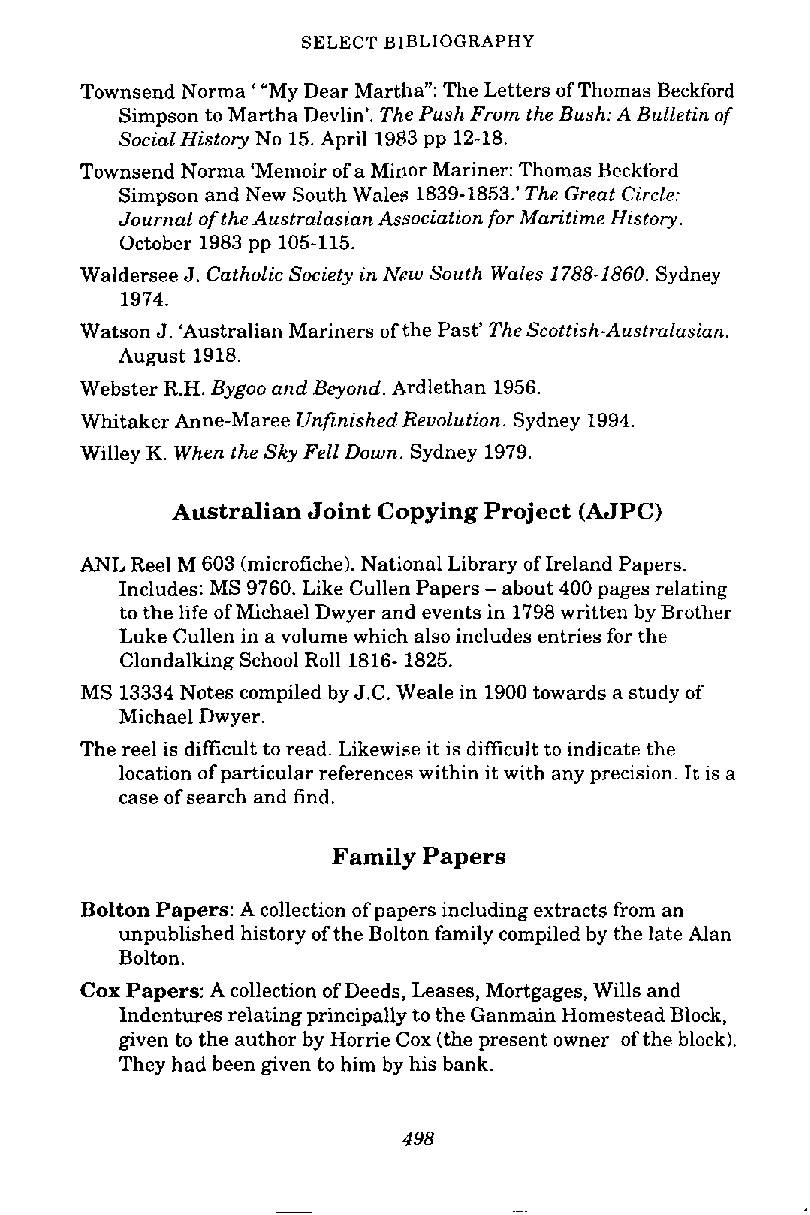
SELECT BIBLIOGRAPHY
 Townsend Norma ' "My Dear Martha": The Letters of Thomas Beckford
 Simpson to Martha Devlin'. The Push From the Bush: A Bulletin of
 Social History No 15. April 1983 pp 12-18.
 Townsend Norma 'Memoir of a Minor Mariner: Thomas Beckford
 Simpson and New South Wales 1839-1853.' The Great Circle:
 Journal of the Australasian Association for Maritime History.
 October 1983 pp 105-115.
 Waldersee J. Catholic Society in New South Wales 1788-1860. Sydney
 1974.
 Watson J. 'Australian Mariners of the Past' TheScottish-Australasian.
 August 1918.
 Webster R.H. Bygoo and Beyond. Ardlethan 1956.
 Whitaker Anne-Maree Unfinished Revolution. Sydney 1994.
 Willey K. When the Sky Fell Down. Sydney 1979.
 Australian Joint Copying Project (AJPC)
 ANL Reel M 603 (microfiche). National Library of Ireland Papers.
 Includes: MS 9760. Like Cullen Papers - about 400 pages relating
 to the life of Michael Dwyer and events in 1798 written by Brother
 Luke Cullen in a volume which also includes entries for the
 Clondalking School Roll 1816- 1825.
 MS 13334 Notes compiled by J.C. Weale in 1900 towards a study of
 Michael Dwyer.
 The reel is difficult to read. Likewise it is difficult to indicate the
 location of particular references within it with any precision. It is a
 case of search and find.
 Family Papers
 Bolton Papers: A collection of papers including extracts from an
 unpublished history of the Bolton family compiled by the late Alan
 Bolton.
 Cox Papers: A collection of Deeds, Leases, Mortgages, Wills and
 Indentures relating principally to the Ganmain Homestead Block,
 given to the author by Horrie Cox (the present owner of the block).
 They had been given to him by his bank.